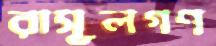
রাসূলগণ